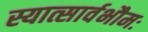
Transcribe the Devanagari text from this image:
स्यात्सार्वभौमः